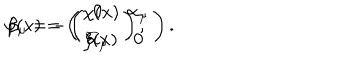
LaTeX: \varphi ( x ) = \left( \begin{array} { c } { { \chi ( x ) } } \\ { { \xi ( x ) } } \\ \end{array} \right) , \hspace { 0 . 3 i n } \beta _ { \mu } = - \left( \begin{array} { c c } { { 0 } } & { { \alpha _ { \mu } } } \\ { { \overline { { { \alpha } } } _ { \mu } } } & { { 0 } } \\ \end{array} \right) .